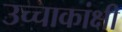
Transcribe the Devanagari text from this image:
उच्चाकांक्षी